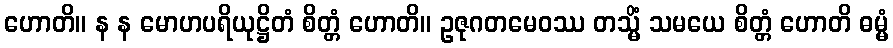
ဟောတိ။ န န မောဟပရိယုဋ္ဌိတံ စိတ္တံ ဟောတိ။ ဥဇုဂတမေဝဿ တသ္မိံ သမယေ စိတ္တံ ဟောတိ ဓမ္မံ